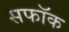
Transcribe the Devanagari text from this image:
सफॉक